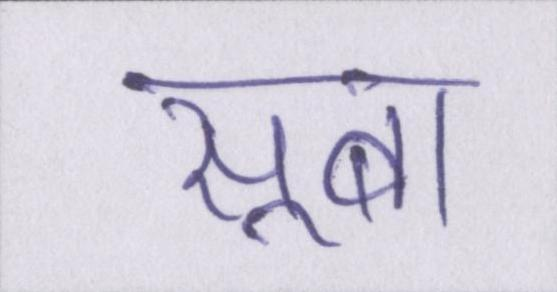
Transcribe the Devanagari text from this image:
सूबा